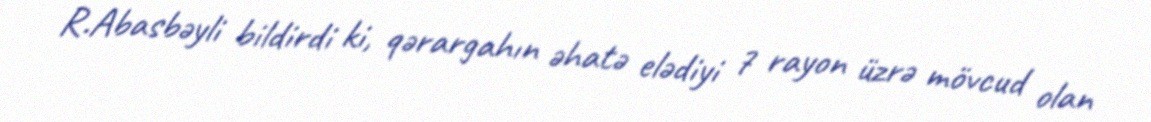
R.Abasbəyli bildirdi ki, qərargahın əhatə elədiyi 7 rayon üzrə mövcud olan